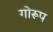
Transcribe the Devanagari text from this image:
गोरूप